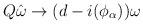
LaTeX: \begin{align*}Q\hat{\omega} \to (d-i(\phi_{\alpha}))\omega\end{align*}